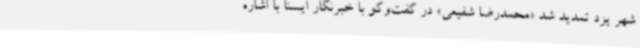
شهر یزد تمدید شد «محمدرضا شفیعی» در گفت‌وگو با خبرنگار ایسنا با اشاره